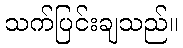
သက်ပြင်းချသည်။